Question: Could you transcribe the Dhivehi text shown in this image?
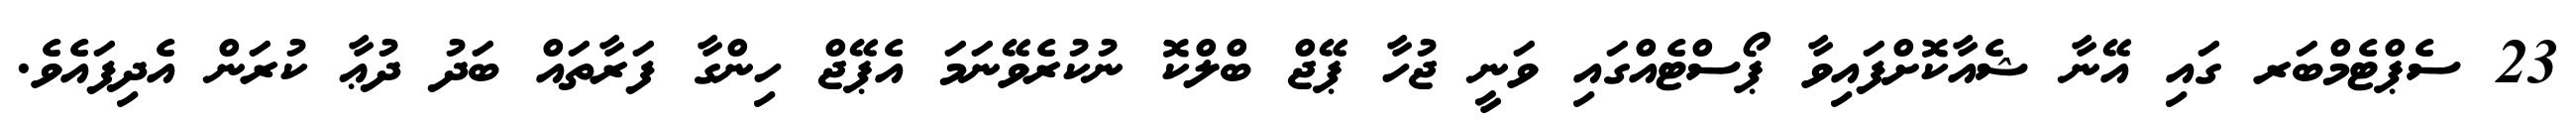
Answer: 23 ސެޕްޓެމްބަރ ގައި އޭނާ ޝެއާކޮށްފައިވާ ޕޯސްޓެއްގައި ވަނީ ޖުހާ ޕޭޖް ބްލްކޮ ނުކުރެވޭނަމަ އެޕޭޖް ހިންގާ ފަރާތައް ބަދު ދުޢާ ކުރަން އެދިފައެވެ.